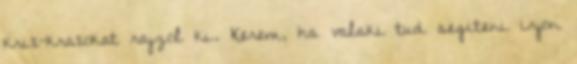
krix-kraxokat rajzol ki. Kerem, ha valaki tud segiteni irjon